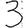
Digit: 3